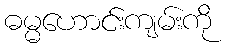
ဓမ္မဟောင်းကျမ်းကို